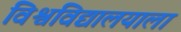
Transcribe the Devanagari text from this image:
विश्वविद्यालयाला